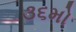
૩૬મો